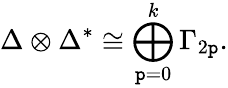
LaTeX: \Delta\otimes\Delta^{*}\cong\bigoplus_{\mathtt{p}=0}^{k}\Gamma_{2\mathtt{p}}.